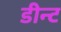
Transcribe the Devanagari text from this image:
डीन्ट